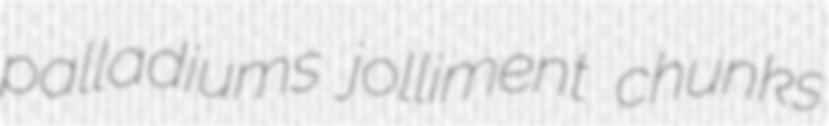
palladiums jolliment chunks